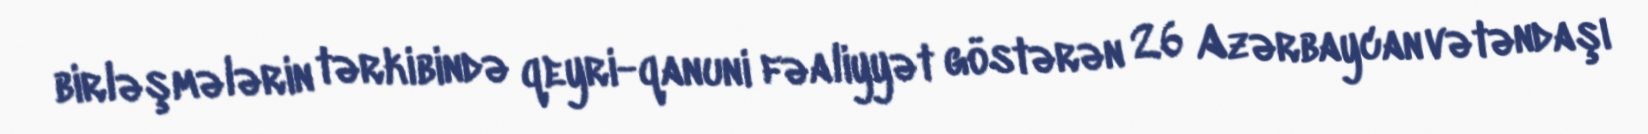
birləşmələrin tərkibində qeyri-qanuni fəaliyyət göstərən 26 Azərbaycan vətəndaşı